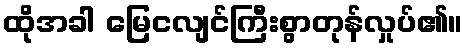
ထိုအခါ မြေငလျင်ကြီးစွာတုန်လှုပ်၏။